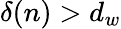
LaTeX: \delta(n)>d_{w}